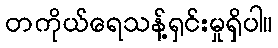
တကိုယ်ရေသန့်ရှင်းမှုရှိပါ။